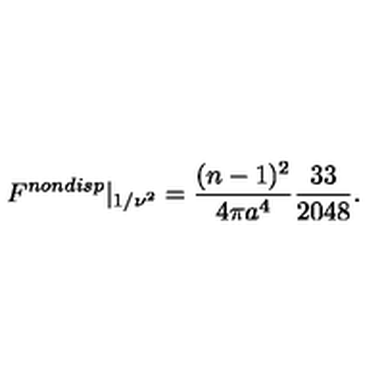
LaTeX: F ^ { n o n d i s p } | _ { 1 / \nu ^ { 2 } } = \frac { ( n - 1 ) ^ { 2 } } { 4 \pi a ^ { 4 } } \frac { 3 3 } { 2 0 4 8 } .